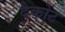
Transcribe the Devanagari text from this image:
दैकोट